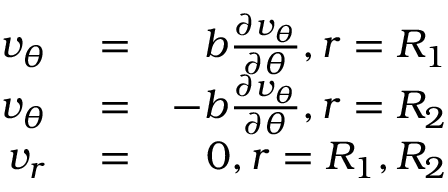
\begin{array} { r l r } { v _ { \theta } } & { { } = } & { b \frac { \partial v _ { \theta } } { \partial \theta } , r = R _ { 1 } } \\ { v _ { \theta } } & { { } = } & { - b \frac { \partial v _ { \theta } } { \partial \theta } , r = R _ { 2 } } \\ { v _ { r } } & { { } = } & { 0 , r = R _ { 1 } , R _ { 2 } } \end{array}